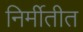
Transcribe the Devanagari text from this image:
निर्मीतीत